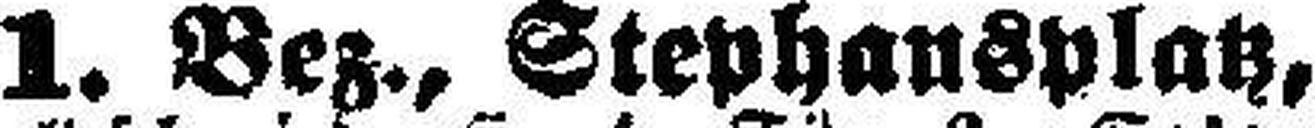
1. Bez., Stephansplatz,